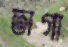
তাগা